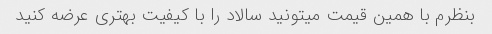
بنظرم با همین قیمت میتونید سالاد را با کیفیت بهتری عرضه کنید